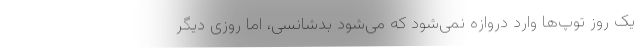
یک روز توپ‌ها وارد دروازه نمی‌شود که می‌شود بدشانسی، اما روزی دیگر